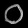
Digit: ၀